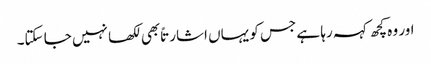
اور وہ کچھ کہہ رہا ہے جس کو یہاں اشارتاً بھی لکھا نہیں جا سکتا۔